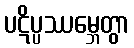
ပဋိပ္ပဿမ္ဘေတွာ